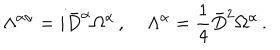
\Lambda ^ { \alpha \dot { \alpha } } = i \bar { D } ^ { \dot { \alpha } } \Omega ^ { \alpha } \, , \; \Lambda ^ { \alpha } = \frac { 1 } { 4 } \bar { D } ^ { 2 } \Omega ^ { \alpha } \, .